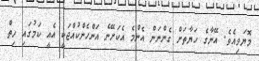
މޮޔަވިއެވެ. އޭނާގެ ހަޔާތަށް ގެންނަން އެންމެ އެކަށޭނެ އަންހެންކުއްޖަކީ އެއީ ކަމުގައި ހިތް